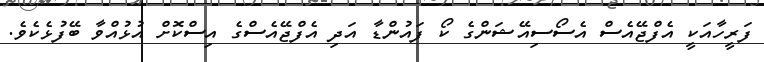
ފަރީހާއަކީ އެފްޖޭއެސް އެސޯސިއޭޝަންގެ ކޯ ފައުންޑާ އަދި އެފްޖޭއެސްގެ އިސްކޮށް އުޅުއްވާ ބޭފުޅެކެވެ.